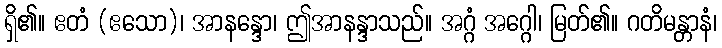
ရှိ၏။ ဧတံ (ဧသော)၊ အာနန္ဒော၊ ဤအာနန္ဒာသည်။ အဂ္ဂံ အဂ္ဂေါ၊ မြတ်၏။ ဂတိမန္တာနံ၊